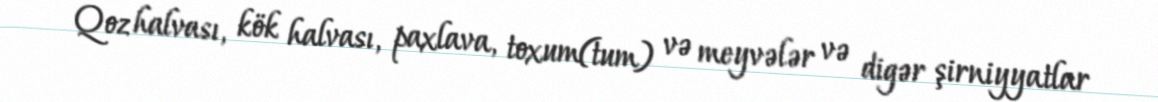
Qoz halvası, kök halvası, paxlava, toxum(tum) və meyvələr və digər şirniyyatlar